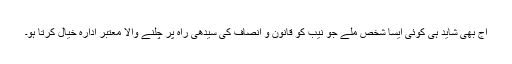
آج بھی شاید ہی کوئی ایسا شخص ملے جو نیب کو قانون و انصاف کی سیدھی راہ پر چلنے والا معتبر ادارہ خیال کرتا ہو۔